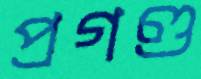
প্রগণ্ড